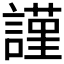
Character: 𧫴